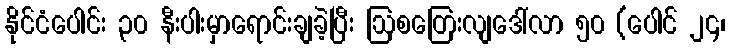
နိုင်ငံပေါင်း ၃၀ နီးပါးမှာရောင်းချခဲ့ပြီး ဩစတြေးလျဒေါ်လာ ၅၀ (ပေါင် ၂၄၊